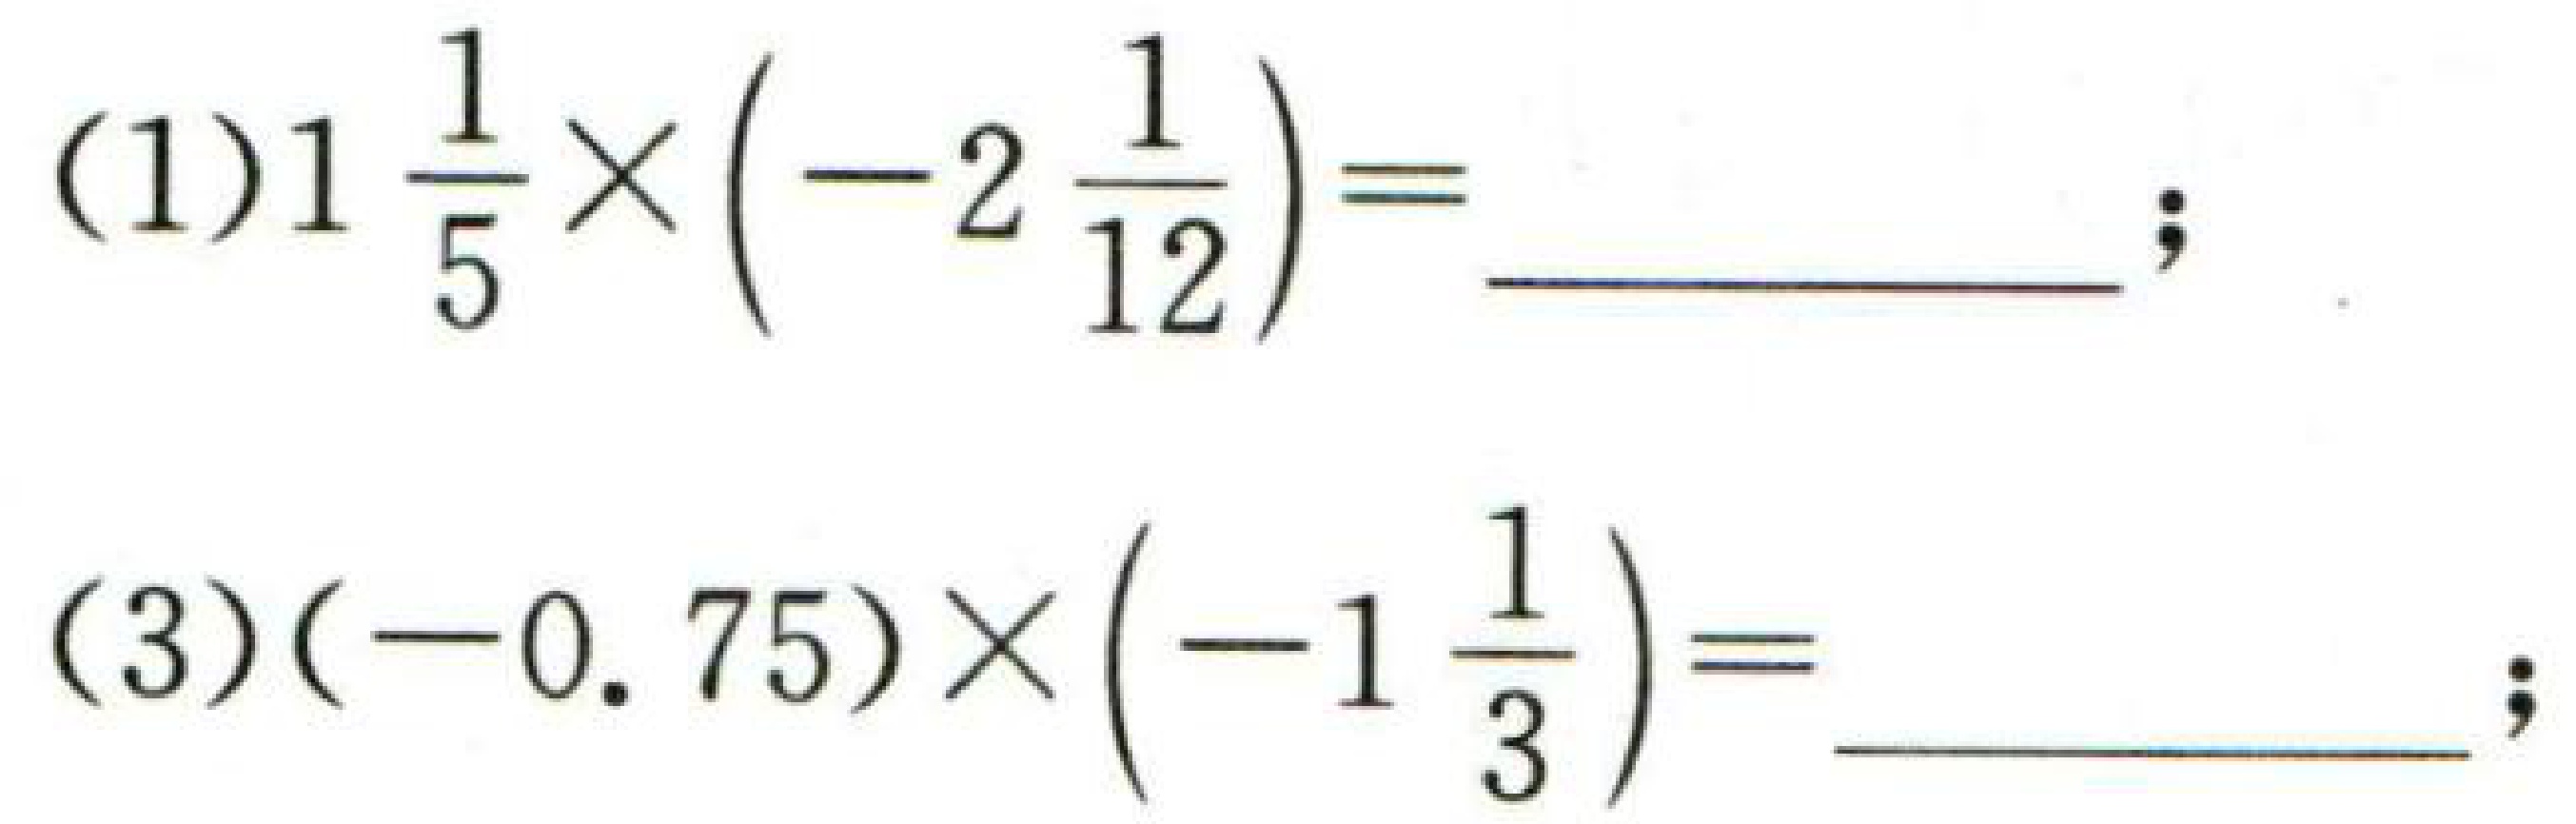
(1)$1\frac{1}{5}\times(-2\frac{1}{12}) = \_\_\_\_\_$;
(3)$(-0.75)\times(-1\frac{1}{3}) = \_\_\_\_\_$;